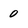
Character: 0